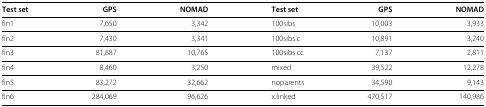
| Test set | GPS | NOMAD | Test set | GPS | NOMAD |
 | --- | --- | --- | --- | --- | --- |
 | fin1 | 7,650 | 3,342 | 100sibs | 10,003 | 3,933 |
 | fin2 | 7,430 | 3,341 | 100sibs.c | 10,891 | 3,240 |
 | fin3 | 81,887 | 10,765 | 100sibs.cc | 7,137 | 2,811 |
 | fin4 | 8,460 | 3,250 | mixed | 39,522 | 12,278 |
 | fin5 | 83,272 | 32,662 | noparents | 34,590 | 9,143 |
 | fin6 | 284,069 | 96,626 | x.linked | 470,517 | 140,986 |